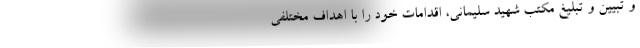
و تبیین و تبلیغ مکتب شهید سلیمانی، اقدامات خود را با اهداف مختلفی